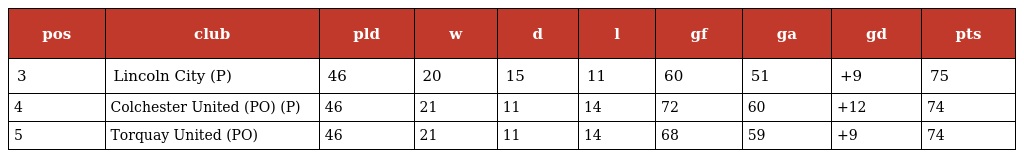
| pos | club | pld | w | d | l | gf | ga | gd | pts |
 | --- | --- | --- | --- | --- | --- | --- | --- | --- | --- |
 | 3 | Lincoln City (P) | 46 | 20 | 15 | 11 | 60 | 51 | +9 | 75 |
 | 4 | Colchester United (PO) (P) | 46 | 21 | 11 | 14 | 72 | 60 | +12 | 74 |
 | 5 | Torquay United (PO) | 46 | 21 | 11 | 14 | 68 | 59 | +9 | 74 |